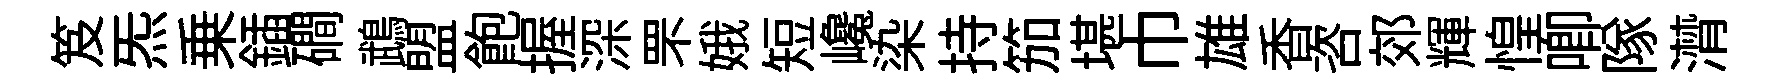
笈炁乗鍤磵鵡盟飽握深罘娥短巉染持笳堪巾雄香咨郊輝惶唧隊潸